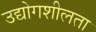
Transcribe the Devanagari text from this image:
उद्योगशीलता